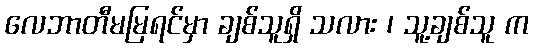
လေဘာတီမမြရင်မှာ ချစ်သူရှိ သလား ၊ သူ့ချစ်သူ က